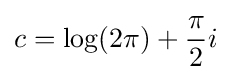
c=\log(2\pi )+{\frac {\pi }{2}}i